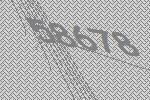
58678